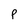
Character: P